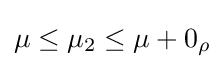
\mu \leq \mu _{2}\leq \mu +0_{\rho }